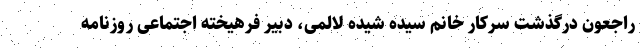
راجعون درگذشت سرکار خانم سیده شیده لالمی، دبیر فرهیخته اجتماعی روزنامه